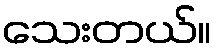
သေးတယ်။